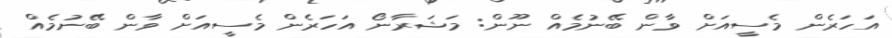
އަހަރެން މެސީއަށް ވާން ބޭނުމެއް ނޫން: މަޝަރާނޯ އަހަރެން މެސީއަށް ވާން ބޭނުމެއް